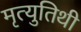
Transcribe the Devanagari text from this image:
मृत्युतिथी